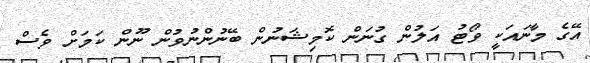
އޭގެ މާނައަކީ ވޯޓު އަލުން ގުނަން ކޮމިޝަނުން ބޭނުންނުވުން ނޫން ކަމަށް ވެސް